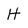
Character: H